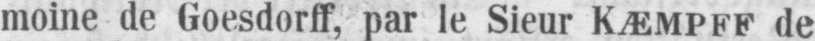
moine de Goesdorff, par le Sieur KÆMPFF de